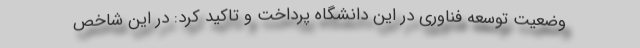
وضعیت توسعه فناوری در این دانشگاه پرداخت و تاکید کرد: در این شاخص